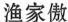
渔家傲